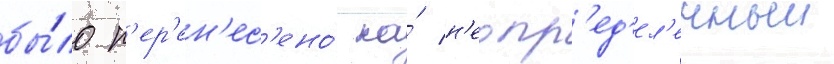
бы́ло п'ер'ен'ес'ено́ на́ н'еопр'ед'ел'енныи